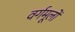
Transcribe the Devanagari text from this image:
वर्गमूलों